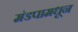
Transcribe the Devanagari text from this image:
मंडपामधून